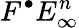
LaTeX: F^{\bullet}E_{\infty}^{n}